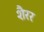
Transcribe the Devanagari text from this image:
शैरर